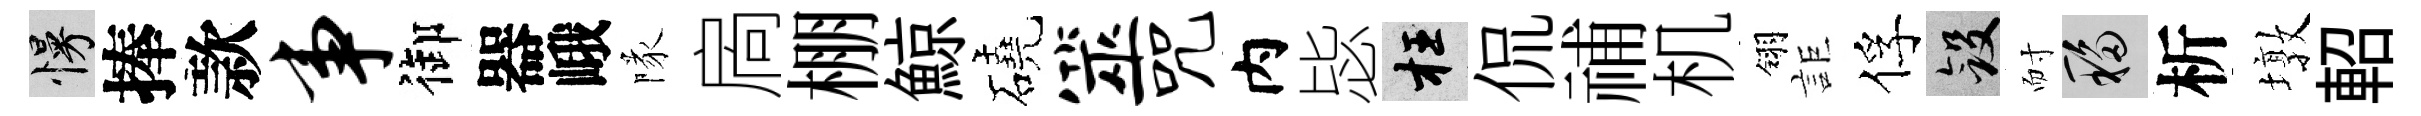
慢捧款事御器峨隊扄棚鯨磽筮咒内毖枉侃𥙷机翎詎俘斂耐移析墩軺